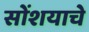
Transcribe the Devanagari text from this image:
सोंशयाचे